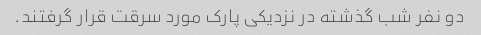
دو نفر شب گذشته در نزدیکی پارک مورد سرقت قرار گرفتند.